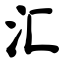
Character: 汇